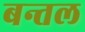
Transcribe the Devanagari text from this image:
बन्तल